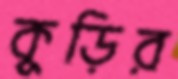
কুড়ির